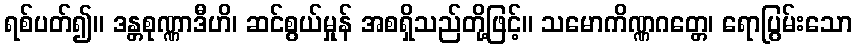
ရစ်ပတ်၍။ ဒန္တစုဏ္ဏာဒီဟိ၊ ဆင်စွယ်မှုန် အစရှိသည်တို့ဖြင့်။ သမောကိဏ္ဏဂတ္တေ၊ ရောပြွမ်းသော